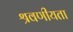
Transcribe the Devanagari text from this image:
श्रवणीयता